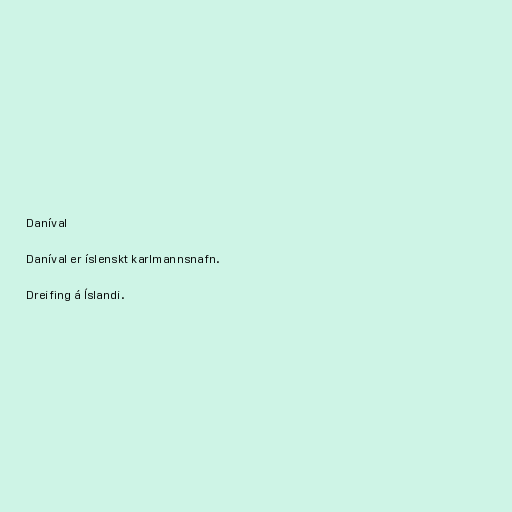
Daníval

Daníval er íslenskt karlmannsnafn.

Dreifing á Íslandi.